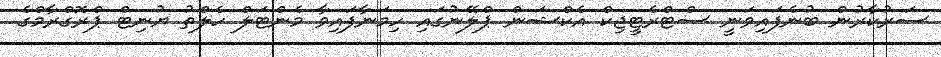
ސަރުކާރުން ބުނެފައިވަނީ ސްޓްރެޓީޖިކް އެކްޝަން ޕްލޭނުގައި ހިމަނާފައިވާ މެންޓަލް ހެލްތު ޔުނިޓް ޕްރޮގްރާމްގެ